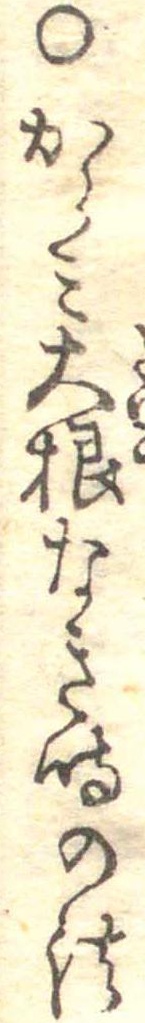
○からみ大根なき時の法